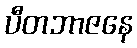
ပီတဘာဇနေ